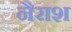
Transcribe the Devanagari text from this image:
नैराश